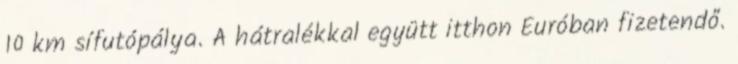
10 km sífutópálya. A hátralékkal együtt itthon Euróban fizetendő.